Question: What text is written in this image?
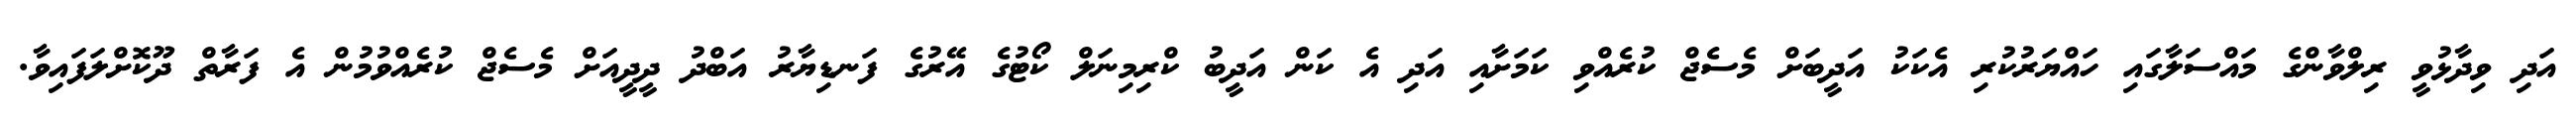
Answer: އަދި ވިދާޅުވީ ރިލްވާންގެ މައްސަލާގައި ހައްޔަރުކުރި އެކަކު އަދީބަށް މެސެޖް ކުރެއްވި ކަމަށާއި އަދި އެ ކަން އަދީބު ކްރިމިނަލް ކޯޓުގެ އޭރުގެ ފަނޑިޔާރު އަބްދު ދީދީއަށް މެސެޖް ކުރެއްވުމުން އެ ފަރާތް ދޫކޮށްލަފައިވާ.